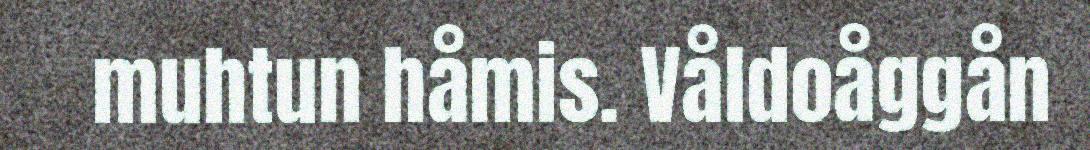
muhtun håmis. Våldoåggån